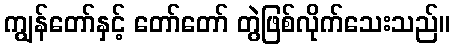
ကျွန်တော်နှင့် တော်တော် တွဲဖြစ်လိုက်သေးသည်။